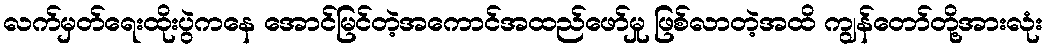
လက်မှတ်ရေးထိုးပွဲကနေ အောင်မြင်တဲ့အကောင်အထည်ဖော်မှု ဖြစ်လာတဲ့အထိ ကျွန်တော်တို့အားလုံး